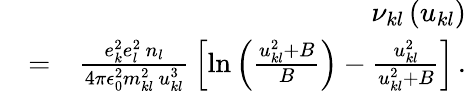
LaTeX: \begin{array}{rlr}&{}&{\nu_{kl}\left(u_{kl}\right)}\\ &{=}&{\frac{e_{k}^{2}e_{l}^{2}\, n_{l}}{4\pi\epsilon_{0}^{2}m_{kl}^{2}\, u_{kl}^{3}}\, \left[\ln\left(\frac{u_{kl}^{2}+B}{B}\right)-\frac{u_{kl}^{2}}{u_{kl}^{2}+B}\right]\, .}\end{array}